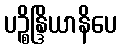
ပဉ္စိန္ဒြိယာနိပေ